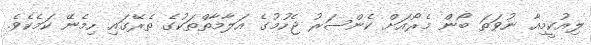
ލިއުކީމިއާ ނުވަތަ ބޯން މެރޯއަށް ކެންސަރު ޖެހުމުގެ އަލާމާތްތަކުގެ ތެރޭގައި ހިމެނޭ ކަމެކެވެ.